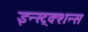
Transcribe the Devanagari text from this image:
इन्स्ट्रक्शन्स